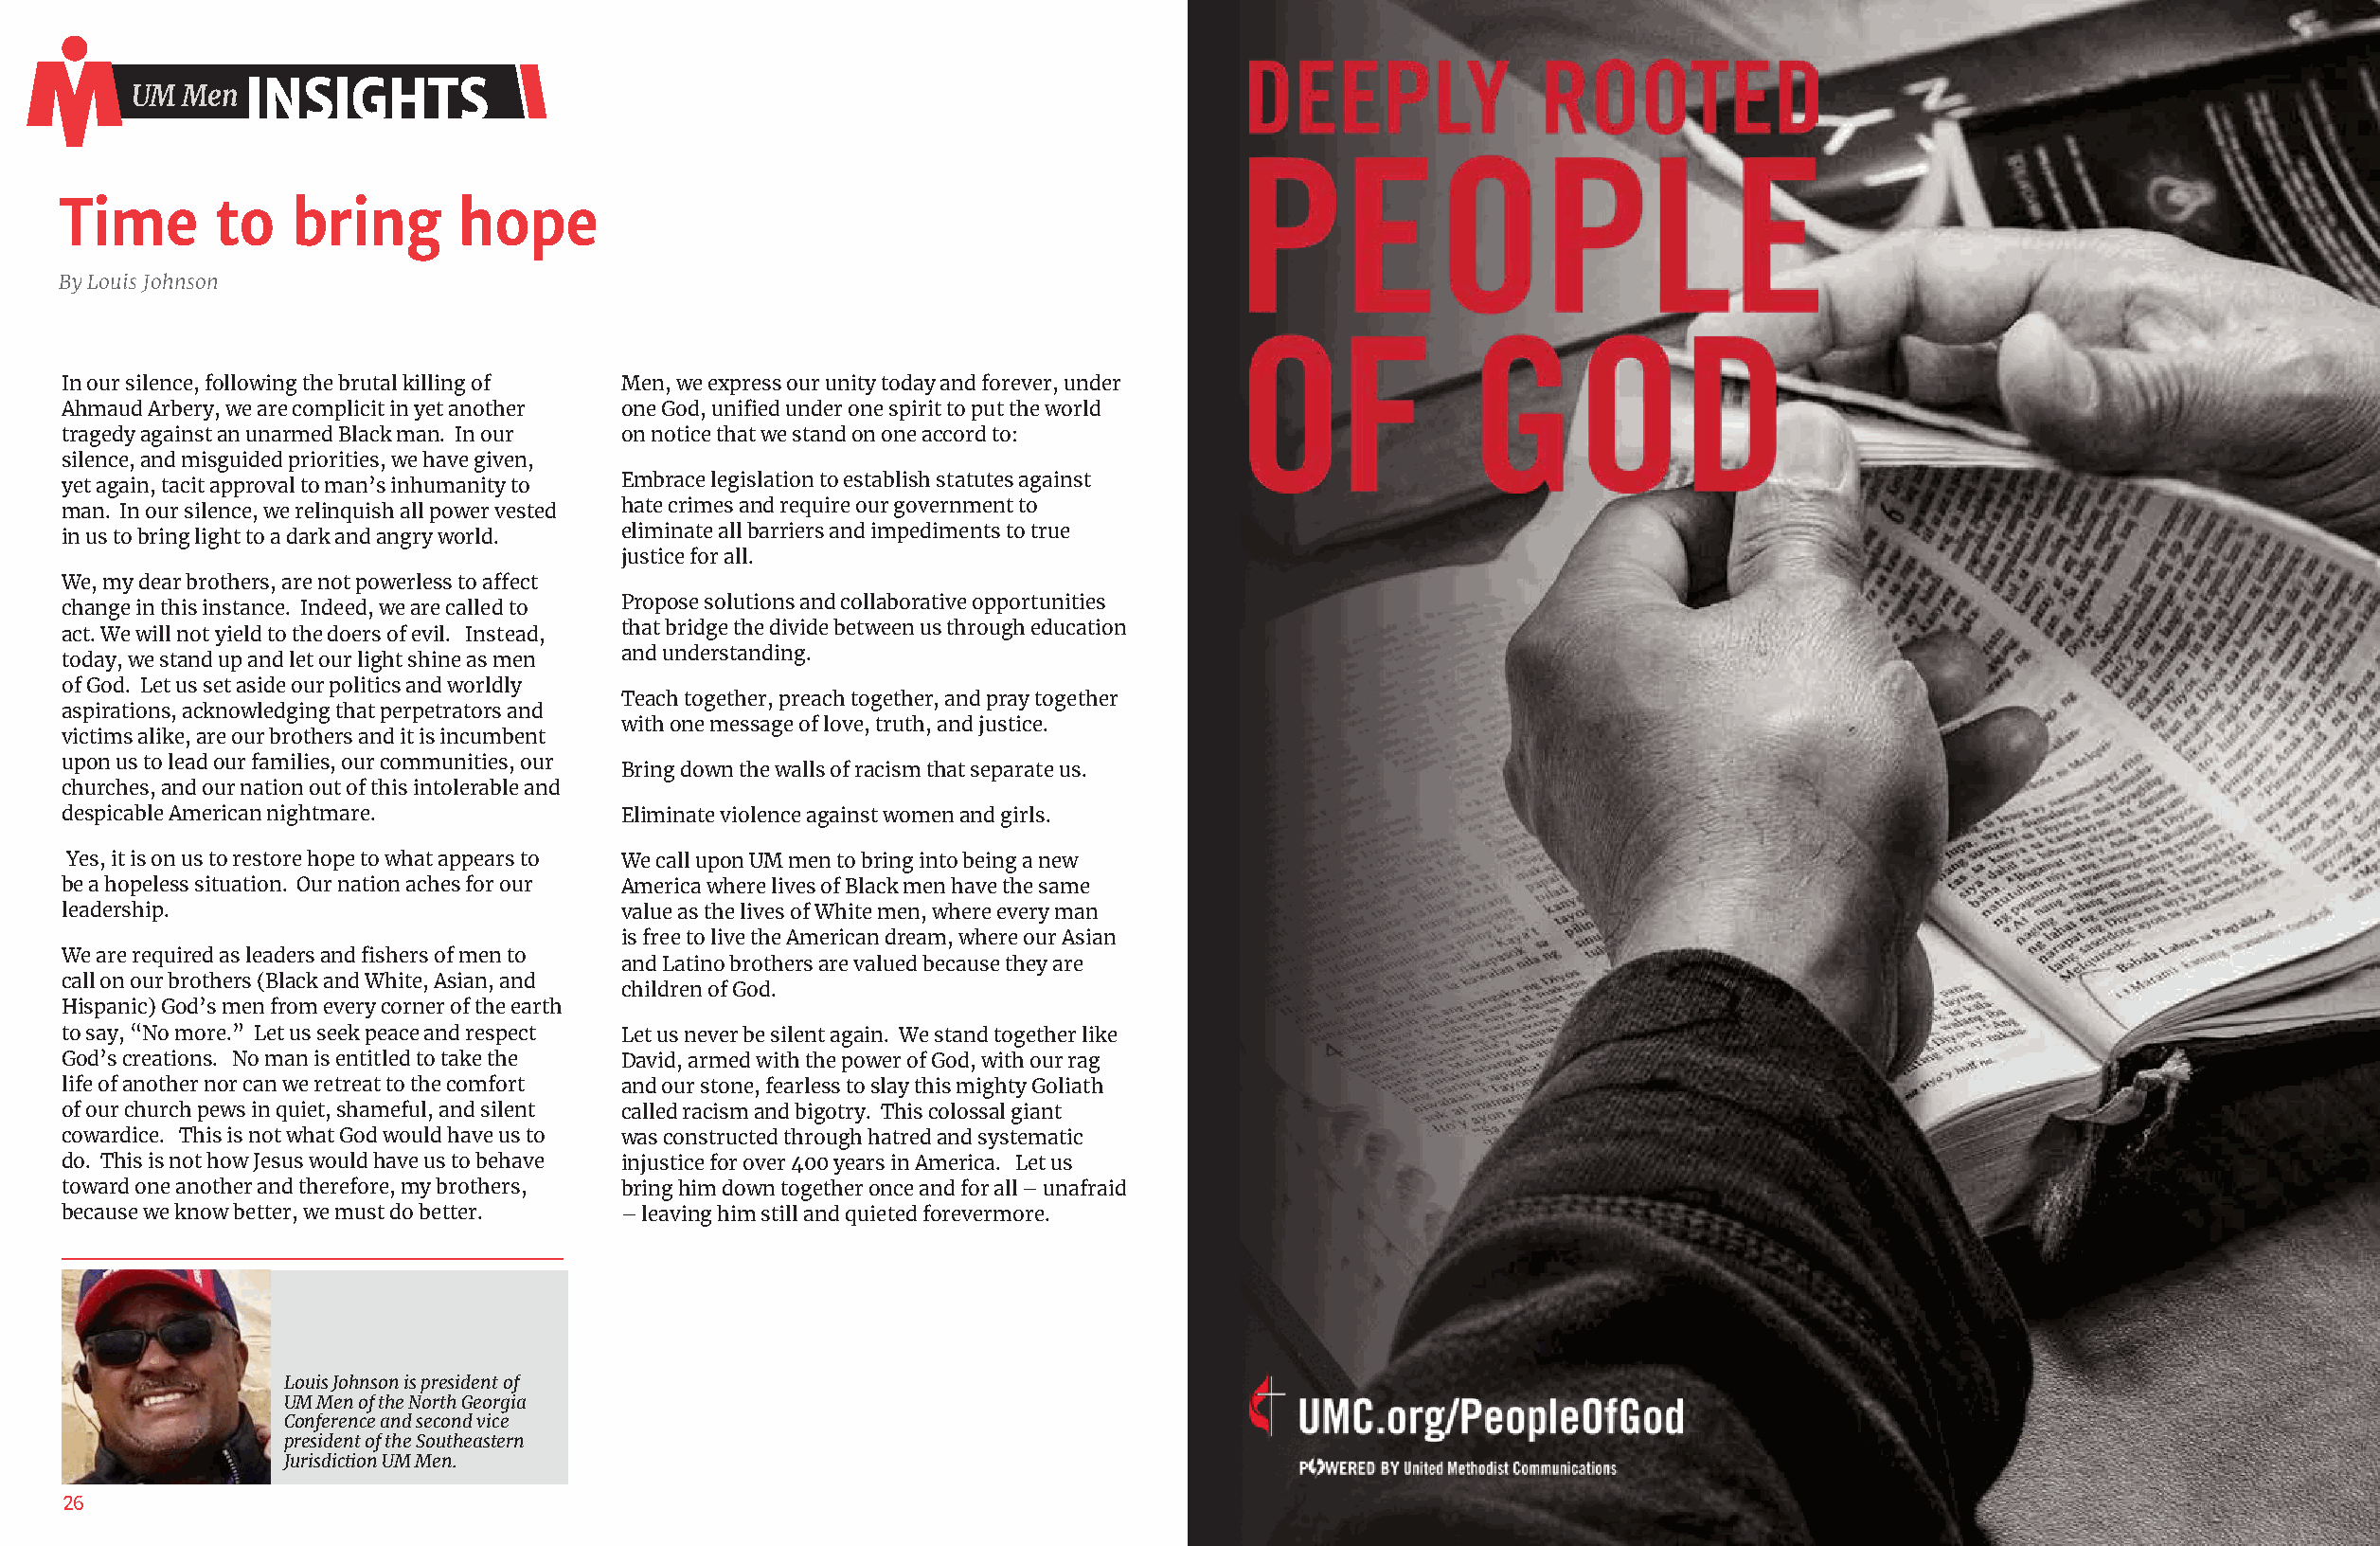
IINNSSIIGGHHTTSS
 UUMM MMeenn
 Time       to   bring       hope
 By Louis Johnson
 In our silence, following the brutal killing of Men, we express our unity today and forever, under
 Ahmaud Arbery, we are complicit in yet another one God, unified under one spirit to put the world
 tragedy against an unarmed Black man. In our on notice that we stand on one accord to:
 silence, and misguided priorities, we have given,
 yet again, tacit approval to man’s inhumanity to Embrace legislation to establish statutes against
 man. In our silence, we relinquish all power vested hate crimes and require our government to
 in us to bring light to a dark and angry world. eliminate all barriers and impediments to true
 justice for all.
 We, my dear brothers, are not powerless to affect
 change in this instance. Indeed, we are called to Propose solutions and collaborative opportunities
 act. We will not yield to the doers of evil. Instead, that bridge the divide between us through education
 today, we stand up and let our light shine as men and understanding.
 of God. Let us set aside our politics and worldly
 Teach together, preach together, and pray together
 aspirations, acknowledging that perpetrators and
 with one message of love, truth, and justice.
 victims alike, are our brothers and it is incumbent
 upon us to lead our families, our communities, our
 Bring down the walls of racism that separate us.
 churches, and our nation out of this intolerable and
 despicable American nightmare.         Eliminate violence against women and girls.
 Yes, it is on us to restore hope to what appears to We call upon UM men to bring into being a new
 be a hopeless situation. Our nation aches for our America where lives of Black men have the same
 leadership.                            value as the lives of White men, where every man
 is free to live the American dream, where our Asian
 We are required as leaders and fishers of men to
 and Latino brothers are valued because they are
 call on our brothers (Black and White, Asian, and
 children of God.
 Hispanic) God’s men from every corner of the earth
 to say, “No more.” Let us seek peace and respect Let us never be silent again. We stand together like
 God’s creations. No man is entitled to take the David, armed with the power of God, with our rag
 life of another nor can we retreat to the comfort and our stone, fearless to slay this mighty Goliath
 of our church pews in quiet, shameful, and silent called racism and bigotry. This colossal giant
 cowardice. This is not what God would have us to was constructed through hatred and systematic
 do. This is not how Jesus would have us to behave injustice for over 400 years in America. Let us
 toward one another and therefore, my brothers, bring him down together once and for all – unafraid
 because we know better, we must do better. – leaving him still and quieted forevermore.
 Louis Johnson is president of
 UM Men of the North Georgia
 Conference and second vice
 president of the Southeastern
 Jurisdiction UM Men.
 26